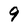
Character: 9